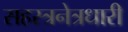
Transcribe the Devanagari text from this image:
सहस्त्रनेत्रधारी